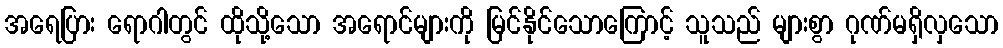
အရေပြား ရောဂါတွင် ထိုသို့သော အရောင်များကို မြင်နိုင်သောကြောင့် သူသည် များစွာ ဂုဏ်မရှိလှသော